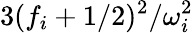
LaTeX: {3(f_{i}+1/2)^{2}}/{\omega_{i}^{2}}